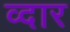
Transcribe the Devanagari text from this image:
व्दार